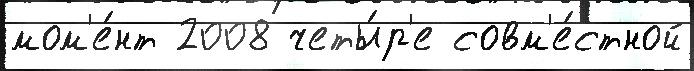
мом'е́нт 2008 четы́р'е совм'е́стной